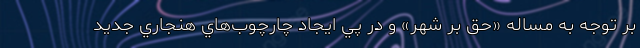
بر توجه به مساله «حقِّ بر شهر» و در پي ايجاد چارچوب‌هاي هنجاري جديد